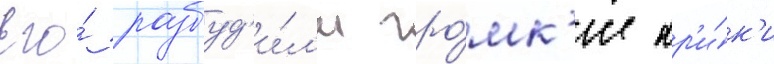
Его́ разбуд'и́л'и гро́мк'ие кр'и́к'и